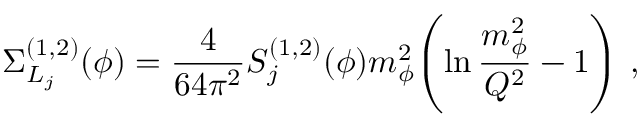
\Sigma _ { L _ { j } } ^ { ( 1 , 2 ) } ( \phi ) = { \frac { 4 } { 6 4 \pi ^ { 2 } } } S _ { j } ^ { ( 1 , 2 ) } ( \phi ) m _ { \phi } ^ { 2 } \! \left( \ln { \frac { m _ { \phi } ^ { 2 } } { Q ^ { 2 } } } - 1 \right) \, ,